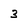
Character: 3